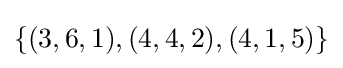
\{(3,6,1),(4,4,2),(4,1,5)\}